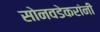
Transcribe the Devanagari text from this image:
सोनवडेकरांनी